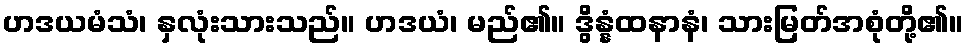
ဟဒယမံသံ၊ နှလုံးသားသည်။ ဟဒယံ၊ မည်၏။ ဒွိန္နံထနာနံ၊ သားမြတ်အစုံတို့၏။